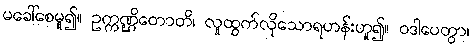
မခေါ်စေမူ၍။ ဥက္ကဏ္ဌိတောတိ၊ လူထွက်လိုသောရဟန်းဟူ၍။ ဝဒါပေတွာ၊